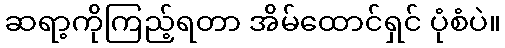
ဆရာ့ကိုကြည့်ရတာ အိမ်ထောင်ရှင် ပုံစံပဲ။